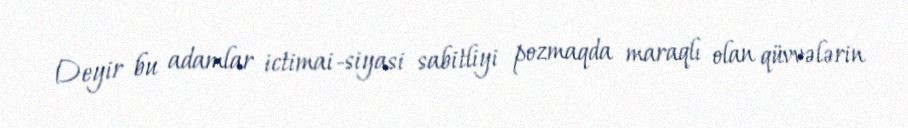
Deyir bu adamlar ictimai-siyasi sabitliyi pozmaqda maraqlı olan qüvvələrin